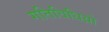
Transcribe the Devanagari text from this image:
गतिविधिय़ो